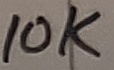
Text: 10K